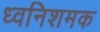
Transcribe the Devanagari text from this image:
ध्वनिशमक